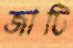
জাটি